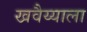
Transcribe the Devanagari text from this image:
खवैय्याला